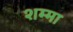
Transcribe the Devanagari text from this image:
शम्मा